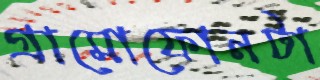
গ্রামোফোনটা